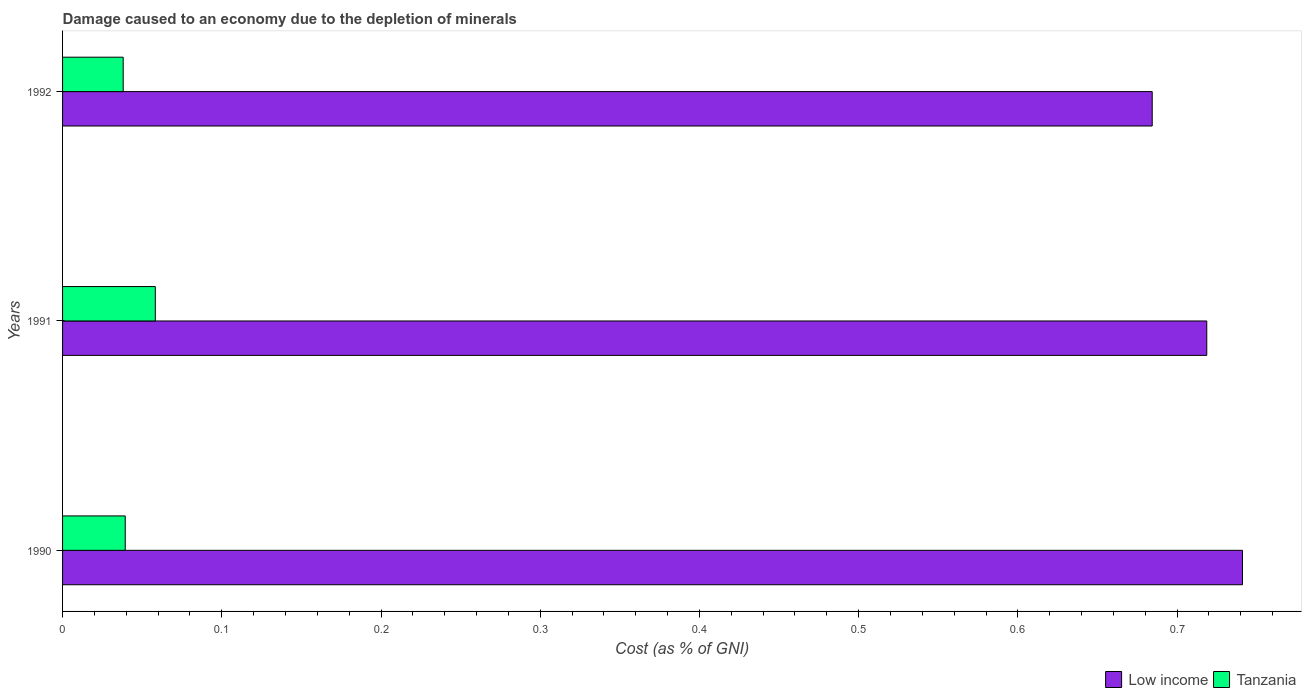
| Years | Low income | Tanzania |
 | --- | --- | --- |
 | 1990 | 0.741 | 0.0394 |
 | 1991 | 0.719 | 0.0582 |
 | 1992 | 0.684 | 0.0381 |